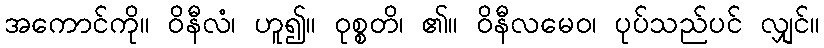
အကောင်ကို။ ဝိနီလံ၊ ဟူ၍။ ဝုစ္စတိ၊ ၏။ ဝိနီလမေဝ၊ ပုပ်သည်ပင် လျှင်။